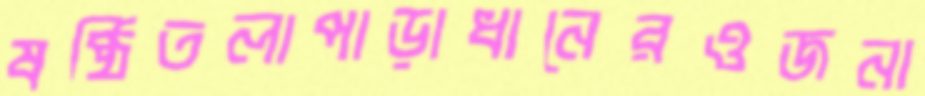
ষষ্ঠিতলাপাড়াধানেরওজনা